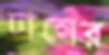
ঢালের